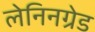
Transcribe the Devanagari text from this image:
लेनिनग्रेड